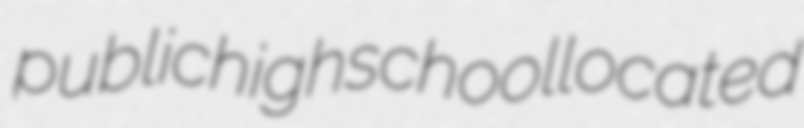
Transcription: public high school located